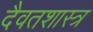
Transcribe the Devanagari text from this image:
दैवतशास्त्र